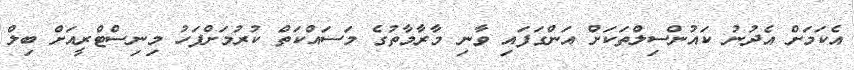
އެކަމަށް އެދުނު ކައުންސިލްތަކަށް އަންގަފައި ވާނި މާރާމާތުގެ މަސައްކަތް ކުރުމަށްފަހު މިނިސްޓްރީއަށް ބިލް